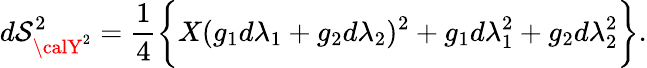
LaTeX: d\mathcal{S}_{{\calY}^{2}}^{2}=\frac{{1}}{{4}}\biggl\{ X(g_{1}d\lambda_{1}+g_{2}d\lambda_{2})^{2}+g_{1}d\lambda_{1}^{2}+g_{2}d\lambda_{2}^{2}\biggr\} .